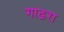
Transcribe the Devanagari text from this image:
गाढरा